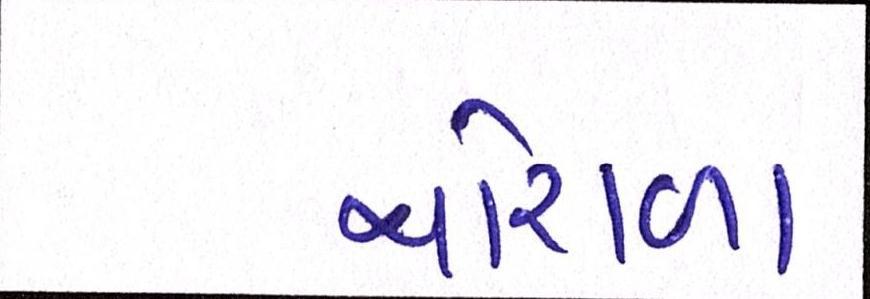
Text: થોરાળા